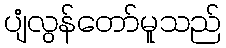
ပျံလွန်တော်မူသည်